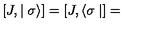
\left[ J , \mid \sigma \rangle \right] = \left[ J , \langle \sigma \mid \right] =